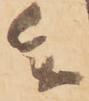
参